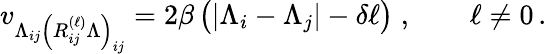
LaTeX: v_{\Lambda_{ij}\left(R_{ij}^{(\ell)}\Lambda\right)_{ij}}=2\beta\, \big(|\Lambda_{i}-\Lambda_{j}|-\delta\ell\big)\; ,\qquad\ell\not=0\, .